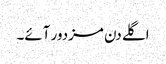
اگلے دن مزدور آئے۔